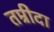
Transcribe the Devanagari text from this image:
तम्रीदा